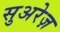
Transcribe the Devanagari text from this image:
सुअरेज़